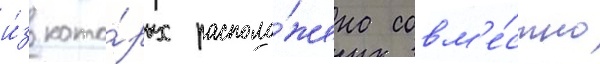
и́з кото́рых располо́жена совм'е́стно